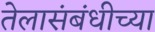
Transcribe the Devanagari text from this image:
तेलासंबंधीच्या